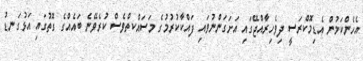
އެހެންކަމުން އެޑިމޮކްރަސީ ދިވެހިރާއްޖޭގައި އަށަގަންނުވައި ފައްކާކުރުމުގެ މަސައްކތްވެސް ކުރެވޭނެ ބައެއްގެ ގޮތުގައި އަޅުގަނޑު